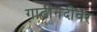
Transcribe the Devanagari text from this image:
गाढीनदीवर